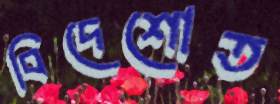
বিদেশোত